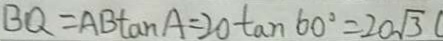
B Q = A B \tan A = 2 0 \tan 6 0 ^ { \circ } = 2 0 \sqrt { 3 } (